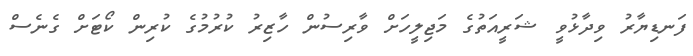
ފަނޑިޔާރު ވިދާޅުވީ ޝަރީއަތުގެ މަޖިލީހަށް ވާރިސުން ހާޒިރު ކުރުމުގެ ކުރިން ކޯޓަށް ގެނެސް